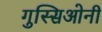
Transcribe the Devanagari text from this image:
गुस्सिओनी